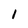
Character: 1